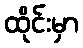
ထိုင်းမှာ